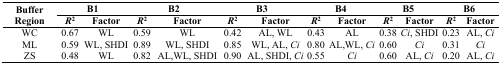
| <ROWSPAN=2> Buffer Region | <COLSPAN=2> B1 | <COLSPAN=2> B2 | <COLSPAN=2> B3 | <COLSPAN=2> B4 | <COLSPAN=2> B5 | <COLSPAN=2> B6 |
 | R2 | Factor | R2 | Factor | R2 | Factor | R2 | Factor | R2 | Factor | R2 | Factor |
 | --- | --- | --- | --- | --- | --- | --- | --- | --- | --- | --- | --- | --- |
 | WC | 0.67 | WL | 0.59 | WL | 0.42 | AL, WL | 0.43 | AL | 0.38 | Ci, SHDI | 0.23 | AL, Ci |
 | ML | 0.59 | WL, SHDI | 0.89 | WL, SHDI | 0.85 | WL, AL, Ci | 0.80 | AL, WL, Ci | 0.60 | Ci | 0.31 | Ci |
 | ZS | 0.48 | WL | 0.82 | AL, WL, SHDI | 0.90 | AL, SHDI, Ci | 0.55 | Ci | 0.60 | AL, Ci | 0.20 | AL, Ci |